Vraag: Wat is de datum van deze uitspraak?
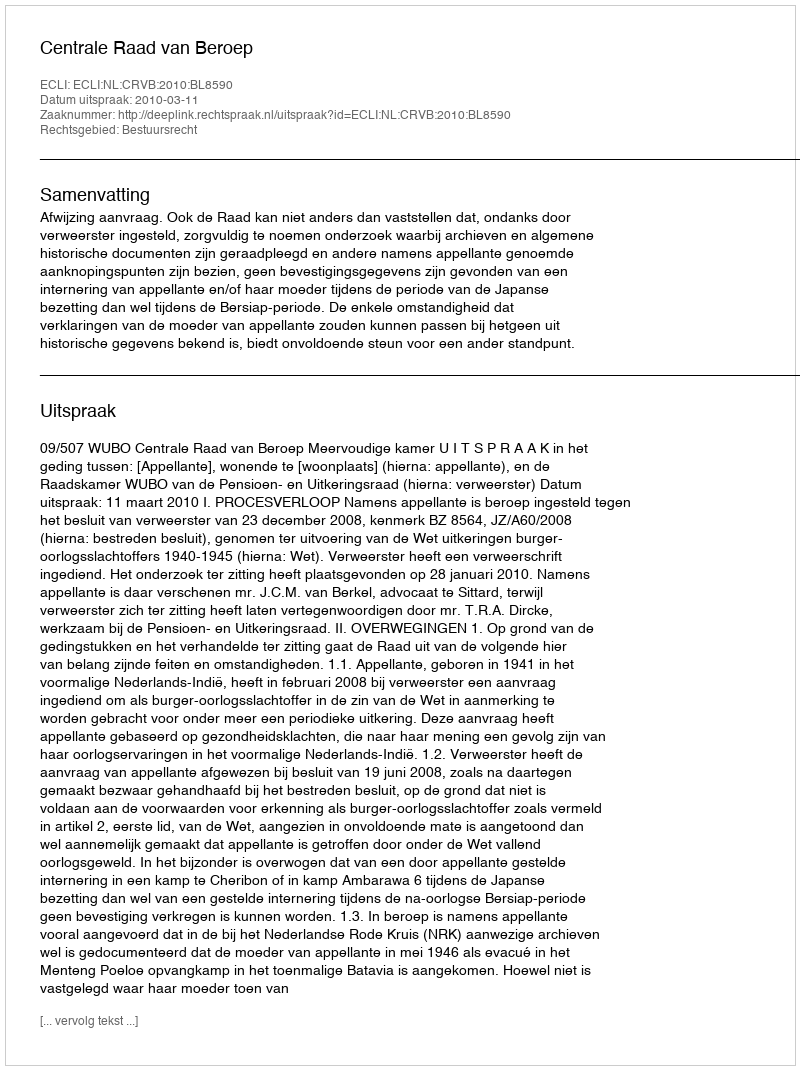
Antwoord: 2010-03-11